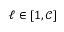
\ell \in [ 1 , \mathcal { C } ]